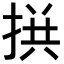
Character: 𢮪